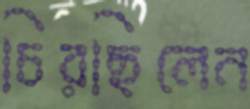
চিরছিলেন